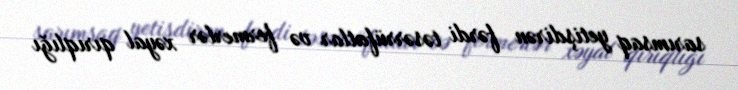
sarımsaq yetişdirən fərdi təsərrüfatlar və fermerlər xəyal qırıqlığı